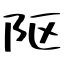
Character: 𨸟